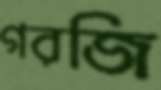
গরজি